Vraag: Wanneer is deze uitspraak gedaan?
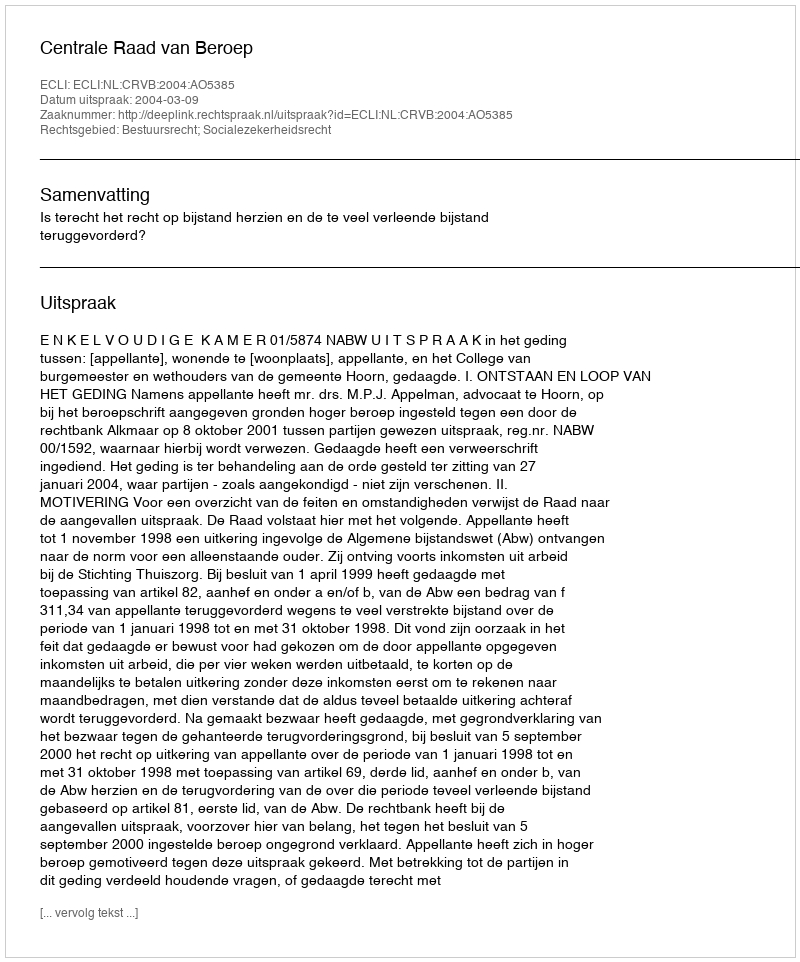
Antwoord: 2004-03-09